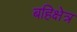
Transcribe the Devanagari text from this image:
बहिक्षेत्र